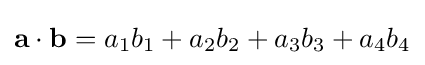
\mathbf {a} \cdot \mathbf {b} =a_{1}b_{1}+a_{2}b_{2}+a_{3}b_{3}+a_{4}b_{4}